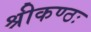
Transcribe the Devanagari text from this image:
श्रीकण्ठः